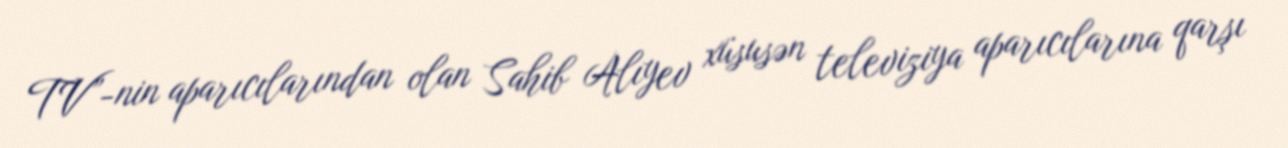
TV”-nin aparıcılarından olan Sahib Alıyev xüsusən televiziya aparıcılarına qarşı